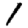
Digit: 1